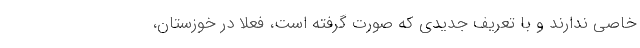
خاصی ندارند و با تعریف جدیدی که صورت گرفته است، فعلا در خوزستان،